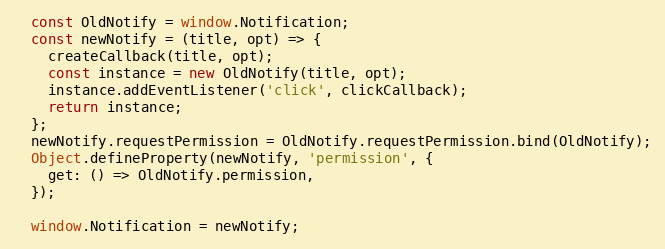
Language: JavaScript
  const OldNotify = window.Notification;
  const newNotify = (title, opt) => {
    createCallback(title, opt);
    const instance = new OldNotify(title, opt);
    instance.addEventListener('click', clickCallback);
    return instance;
  };
  newNotify.requestPermission = OldNotify.requestPermission.bind(OldNotify);
  Object.defineProperty(newNotify, 'permission', {
    get: () => OldNotify.permission,
  });

  window.Notification = newNotify;